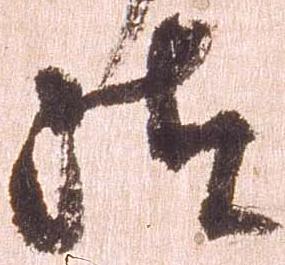
汰